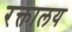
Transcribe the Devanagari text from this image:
रक्तालय